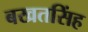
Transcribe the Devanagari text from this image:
बखतसिंह